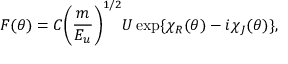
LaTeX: F ( \theta ) = C { \left( \frac { m } { E _ { u } } \right) } ^ { 1 / 2 } U \exp \{ \chi _ { R } ( \theta ) - i \chi _ { J } ( \theta ) \} ,